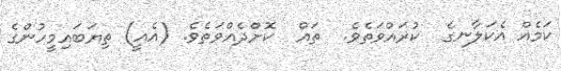
ކަމެއް އެކަލާނގެ  ކުރައްވަތެވެ.  ތައް  ކޮށްދެއްވަތެވެ. (އެއީ) ތިޔަބައިމީހުންގެ